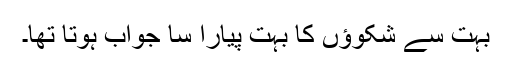
بہت سے شکوﺅں کا بہت پیارا سا جواب ہوتا تھا۔